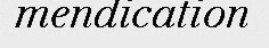
mendication